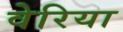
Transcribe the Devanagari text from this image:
वेरिया